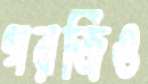
গরজিও